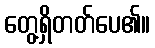
တွေ့ရှိတတ်ပေ၏။